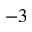
^ { - 3 }